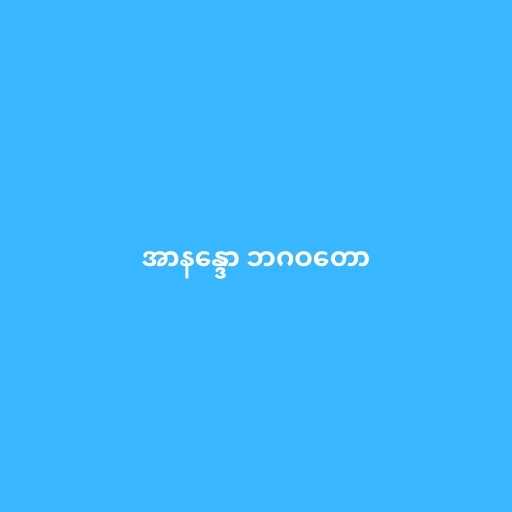
အာနန္ဒော ဘဂဝတော